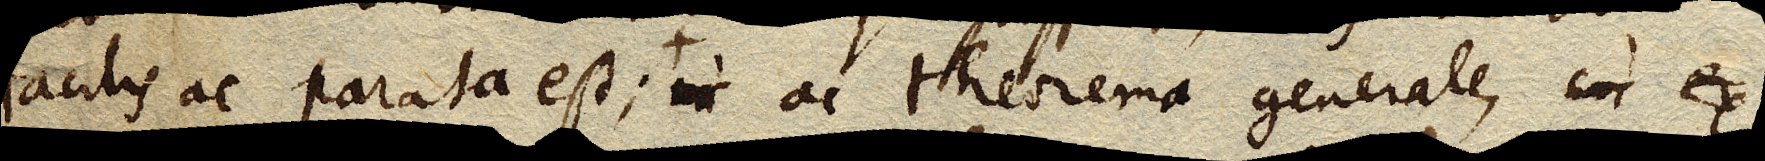
facilis ac parata est; + in ac theorema generale, cui ex